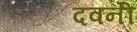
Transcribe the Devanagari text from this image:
दवनी